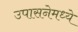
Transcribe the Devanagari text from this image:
उपासनेमध्ये